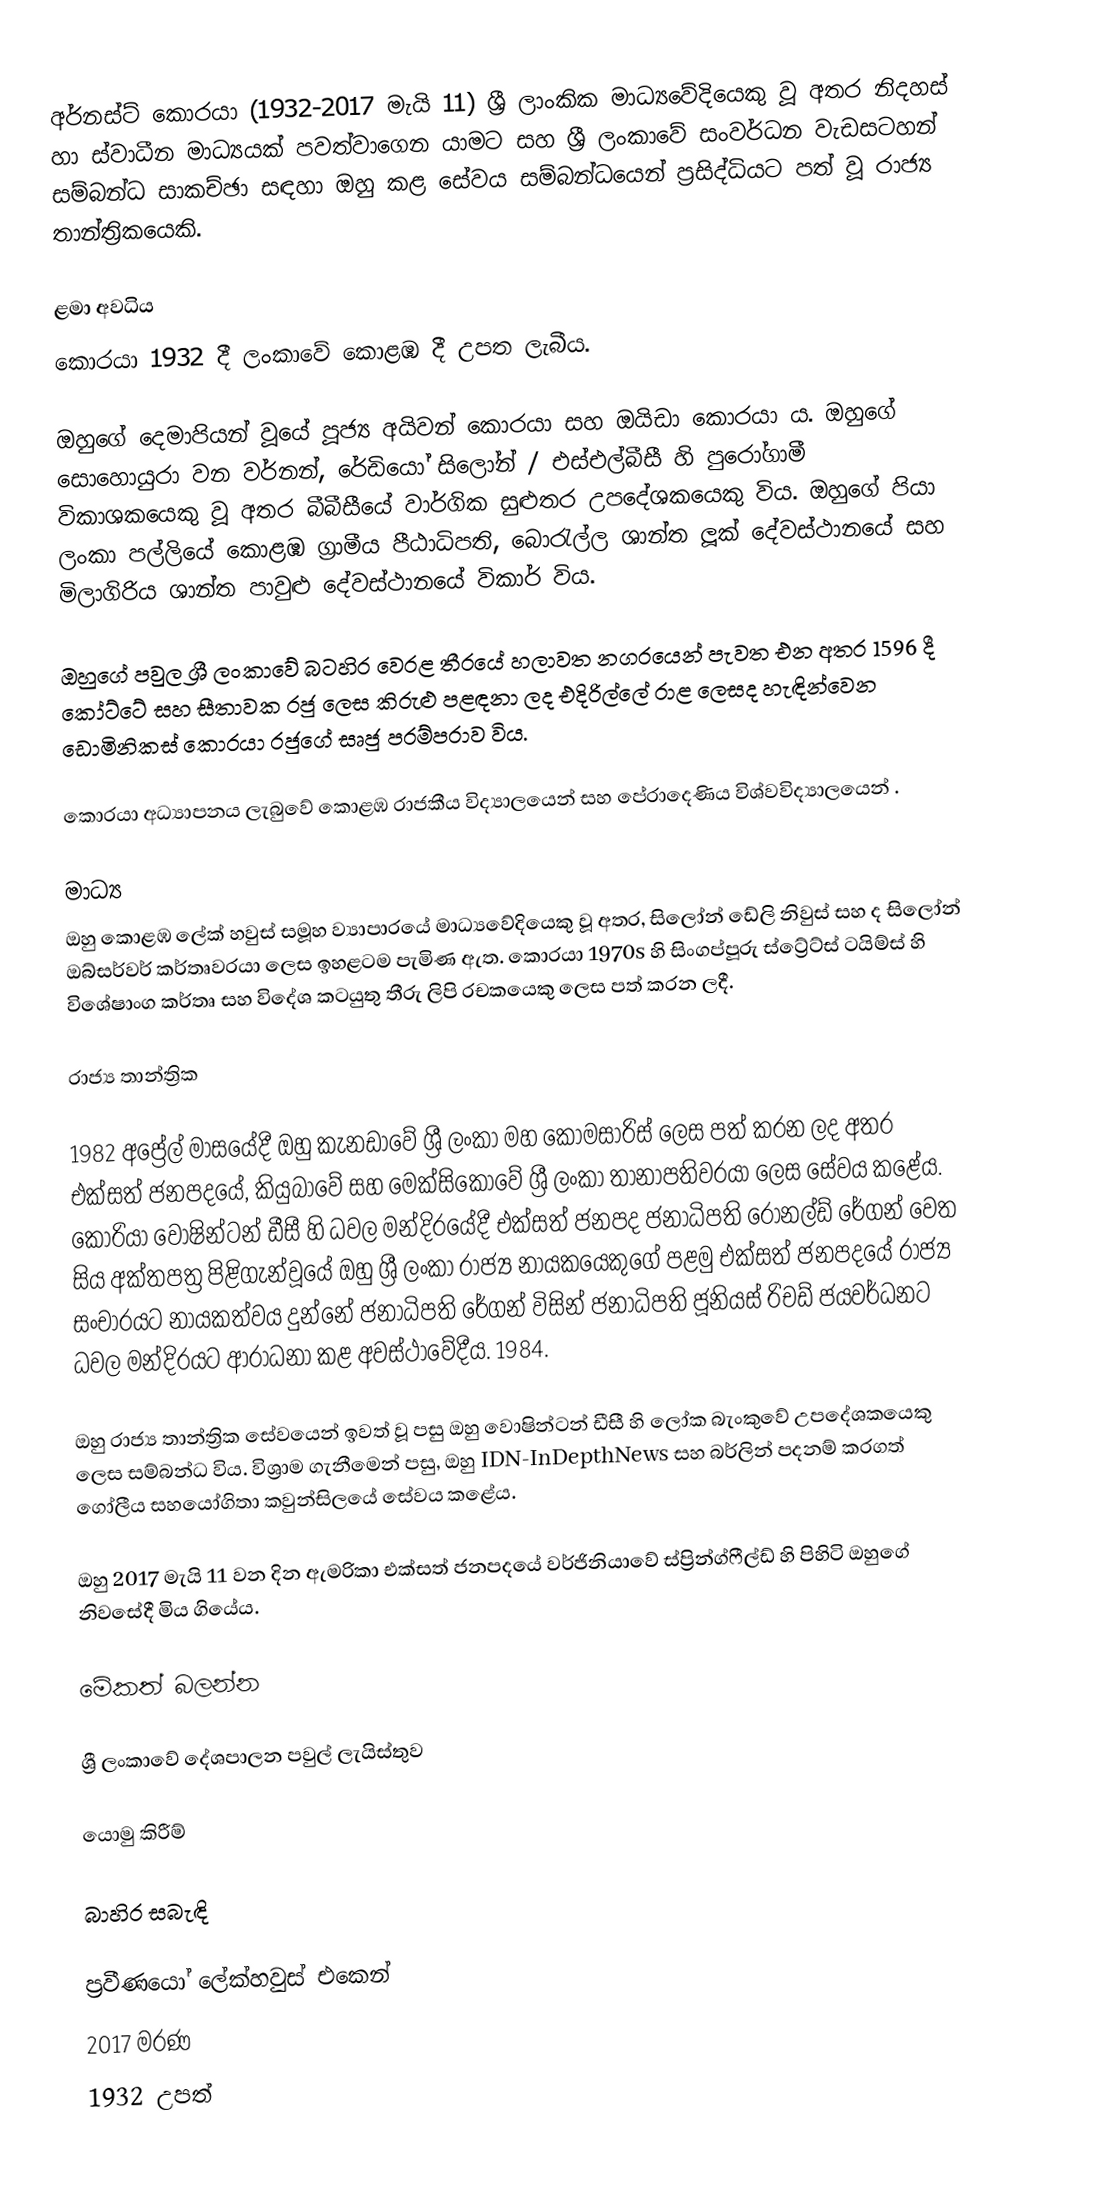
අර්නස්ට් කොරයා (1932-2017 මැයි 11) ශ්‍රී ලාංකික මාධ්‍යවේදියෙකු වූ අතර නිදහස් හා ස්වාධීන මාධ්‍යයක් පවත්වාගෙන යාමට සහ ශ්‍රී ලංකාවේ සංවර්ධන වැඩසටහන් සම්බන්ධ සාකච්ඡා සඳහා ඔහු කළ සේවය සම්බන්ධයෙන් ප්‍රසිද්ධියට පත් වූ රාජ්‍ය තාන්ත්‍රිකයෙකි.

ළමා අවධිය
කොරයා 1932 දී ලංකාවේ කොළඹ දී උපත ලැබීය.

ඔහුගේ දෙමාපියන් වූයේ පූජ්‍ය අයිවන් කොරයා සහ ඔයිඩා කොරයා ය. ඔහුගේ සොහොයුරා වන වර්නන්, රේඩියෝ සිලෝන් / එස්එල්බීසී හි පුරෝගාමී විකාශකයෙකු වූ අතර බීබීසීයේ වාර්ගික සුළුතර උපදේශකයෙකු විය. ඔහුගේ පියා ලංකා පල්ලියේ කොළඹ ග්‍රාමීය පීඨාධිපති, බොරැල්ල ශාන්ත ලූක් දේවස්ථානයේ සහ මිලාගිරිය ශාන්ත පාවුළු දේවස්ථානයේ විකාර් විය.

ඔහුගේ පවුල ශ්‍රී ලංකාවේ බටහිර වෙරළ තීරයේ හලාවත නගරයෙන් පැවත එන අතර 1596 දී කෝට්ටේ සහ සීතාවක රජු ලෙස කිරුළු පළඳනා ලද එදිරිල්ලේ රාළ ලෙසද හැඳින්වෙන ඩොමිනිකස් කොරයා රජුගේ සෘජු පරම්පරාව විය.

කොරයා අධ්‍යාපනය ලැබුවේ කොළඹ රාජකීය විද්‍යාලයෙන් සහ පේරාදෙණිය විශ්වවිද්‍යාලයෙන් .

මාධ්‍ය
ඔහු කොළඹ ලේක් හවුස් සමූහ ව්‍යාපාරයේ මාධ්‍යවේදියෙකු වූ අතර, සිලෝන් ඩේලි නිවුස් සහ ද සිලෝන් ඔබ්සර්වර් කර්තෘවරයා ලෙස ඉහළටම පැමිණ ඇත. කොරයා 1970s හි සිංගප්පූරු ස්ට්‍රේට්ස් ටයිම්ස් හි විශේෂාංග කර්තෘ සහ විදේශ කටයුතු තීරු ලිපි රචකයෙකු ලෙස පත් කරන ලදී.

රාජ්‍ය තාන්ත්‍රික

1982 අප්‍රේල් මාසයේදී ඔහු කැනඩාවේ ශ්‍රී ලංකා මහ කොමසාරිස් ලෙස පත් කරන ලද අතර එක්සත් ජනපදයේ, කියුබාවේ සහ මෙක්සිකෝවේ ශ්‍රී ලංකා තානාපතිවරයා ලෙස සේවය කළේය. කොරියා වොෂින්ටන් ඩීසී හි ධවල මන්දිරයේදී එක්සත් ජනපද ජනාධිපති රොනල්ඩ් රේගන් වෙත සිය අක්තපත්‍ර පිළිගැන්වූයේ ඔහු ශ්‍රී ලංකා රාජ්‍ය නායකයෙකුගේ පළමු එක්සත් ජනපදයේ රාජ්‍ය සංචාරයට නායකත්වය දුන්නේ ජනාධිපති රේගන් විසින් ජනාධිපති ජූනියස් රිචඩ් ජයවර්ධනට ධවල මන්දිරයට ආරාධනා කළ අවස්ථාවේදීය. 1984.

ඔහු රාජ්‍ය තාන්ත්‍රික සේවයෙන් ඉවත් වූ පසු ඔහු වොෂින්ටන් ඩීසී හි ලෝක බැංකුවේ උපදේශකයෙකු ලෙස සම්බන්ධ විය. විශ්‍රාම ගැනීමෙන් පසු, ඔහු IDN-InDepthNews සහ බර්ලින් පදනම් කරගත් ගෝලීය සහයෝගිතා කවුන්සිලයේ සේවය කළේය.

ඔහු 2017 මැයි 11 වන දින ඇමරිකා එක්සත් ජනපදයේ වර්ජිනියාවේ ස්ප්‍රින්ග්ෆීල්ඩ් හි පිහිටි ඔහුගේ නිවසේදී මිය ගියේය.

මේකත් බලන්න

 ශ්‍රී ලංකාවේ දේශපාලන පවුල් ලැයිස්තුව

යොමු කිරීම්

බාහිර සබැඳි

 ප්‍රවීණයෝ ලේක්හවුස් එකෙන්
2017 මරණ
1932 උපත්